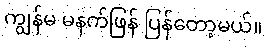
ကျွန်မ မနက်ဖြန် ပြန်တော့မယ်။